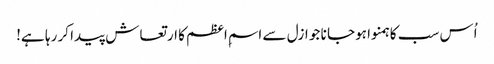
اُس سب کا ہمنوا ہوجا نا جو ازل سے اسمِ اعظم کا ارتعاش پیدا کر رہا ہے!